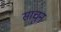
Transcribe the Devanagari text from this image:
साचुन